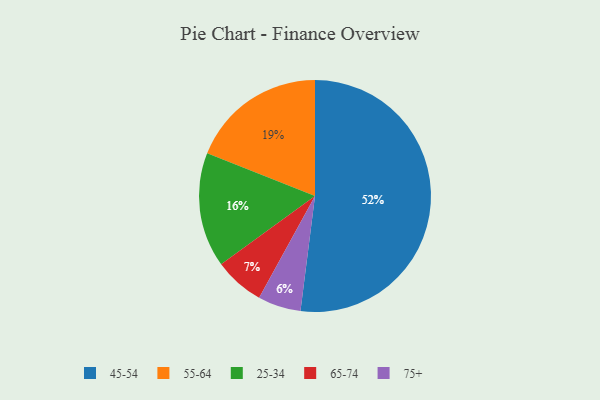
{"axis": {"x": "Category", "y": "Percentage"}, "legend": ["25-34", "45-54", "55-64", "65-74", "75+"], "data": [{"x": "45-54", "y": 52, "type": "45-54"}, {"x": "25-34", "y": 16, "type": "25-34"}, {"x": "65-74", "y": 7, "type": "65-74"}, {"x": "75+", "y": 6, "type": "75+"}, {"x": "55-64", "y": 19, "type": "55-64"}]}